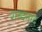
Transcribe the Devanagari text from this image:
शब्दनाद